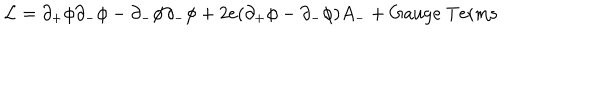
{ \cal L } = \partial _ { + } \phi \partial _ { - } \phi - \partial _ { - } \phi \partial _ { - } \phi + 2 e ( \partial _ { + } \phi - \partial _ { - } \phi ) A _ { - } + \mathrm { G a u g e ~ T e r m s }